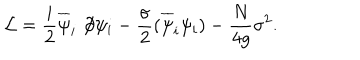
{ \cal L } = \frac { i } 2 \overline { { \psi } } _ { i } \not \! \partial \psi _ { i } - \frac { \sigma } 2 ( \overline { { \psi } } _ { i } \psi _ { i } ) - \frac { N } { 4 g } \sigma ^ { 2 } .